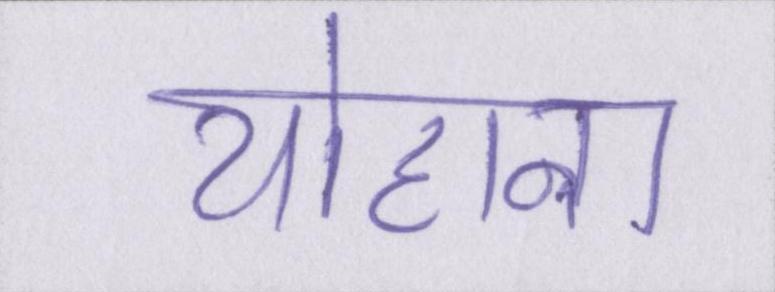
योहाना